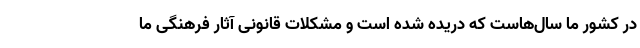
در کشور ما سال‌هاست که دریده شده است و مشکلات قانونی آثار فرهنگی ما